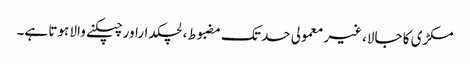
مکڑی کا جالا،غیر معمولی حد تک مضبوط، لچکداراور چپکنے والا ہوتا ہے۔